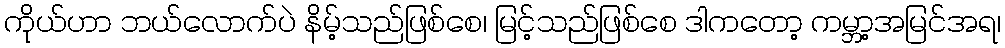
ကိုယ်ဟာ ဘယ်လောက်ပဲ နိမ့်သည်ဖြစ်စေ၊ မြင့်သည်ဖြစ်စေ ဒါကတော့ ကမ္ဘာ့အမြင်အရ၊